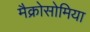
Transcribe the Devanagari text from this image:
मैक्रोसोमिया